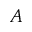
A